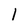
Character: 1